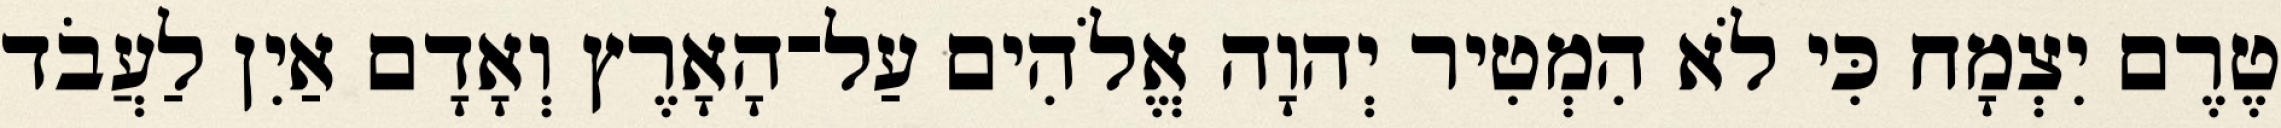
טֶרֶם יִצְמָח כִּי לֹא הִמְטִיר יְהוָה אֱלֹהִים עַל־הָאָרֶץ וְאָדָם אַיִן לַעֲבֹד